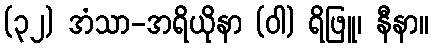
(၃၂) အံသာ-အရိယိုနာ (ဝါ) ရိဖြူ၊ နီနာ။